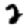
Digit: 2